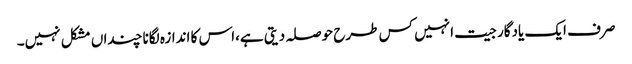
صرف ایک یادگار جیت انہیں کس طرح حوصلہ دیتی ہے،اس کا اندازہ لگانا چنداں مشکل نہیں۔